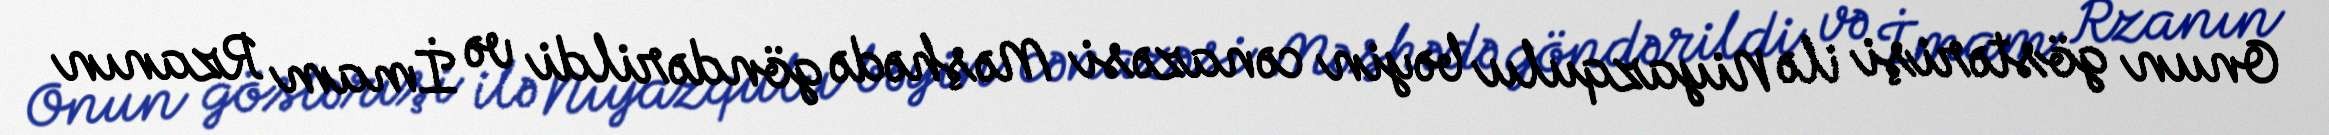
Onun göstərişi ilə Niyazqulu bəyin cənazəsi Məşhədə göndərildi və İmam Rzanın